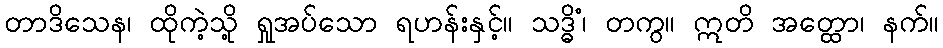
တာဒိသေန၊ ထိုကဲ့သို့ ရှုအပ်သော ရဟန်းနှင့်။ သဒ္ဓိံ၊ တကွ။ ဣတိ အတ္ထော၊ နက်။